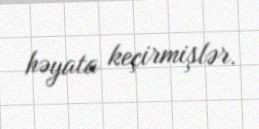
həyata keçirmişlər.